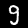
Digit: 3